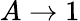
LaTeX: A\to 1